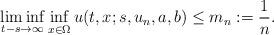
LaTeX: \begin{align*}\liminf_{t-s\to\infty} \inf_{x\in\Omega}u(t,x;s,u_n,a,b)\le m_n:=\frac{1}{n}.\end{align*}